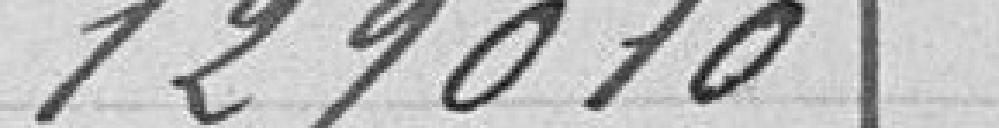
129 010